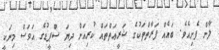
ލާން ފެށިއެވެ. ބައެއް ފަރާތްތަކުގެ ޝަރީޢަތްތައް ކުރިއަށް ދިޔަ ސްޕީޑުގެ އަވަސް މިނަކީ